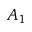
A _ { 1 }